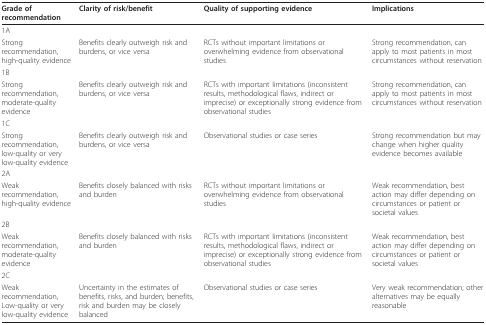
| Grade of recommendation | Clarity of risk/benefit | Quality of supporting evidence | Implications |
 | --- | --- | --- | --- |
 | 1A |  |  |  |
 | Strong recommendation, high-quality evidence | Benefits clearly outweigh risk and burdens, or vice versa | RCTs without important limitations or overwhelming evidence from observational studies | Strong recommendation, can apply to most patients in most circumstances without reservation |
 | 1B |  |  |  |
 | Strong recommendation, moderate-quality evidence | Benefits clearly outweigh risk and burdens, or vice versa | RCTs with important limitations (inconsistent results, methodological flaws, indirect or imprecise) or exceptionally strong evidence from observational studies | Strong recommendation, can apply to most patients in most circumstances without reservation |
 | 1C |  |  |  |
 | Strong recommendation, low-quality or very low-quality evidence | Benefits clearly outweigh risk and burdens, or vice versa | Observational studies or case series | Strong recommendation but may change when higher quality evidence becomes available |
 | 2A |  |  |  |
 | Weak recommendation, high-quality evidence | Benefits closely balanced with risks and burden | RCTs without important limitations or overwhelming evidence from observational studies | Weak recommendation, best action may differ depending on circumstances or patient or societal values |
 | 2B |  |  |  |
 | Weak recommendation, moderate-quality evidence | Benefits closely balanced with risks and burden | RCTs with important limitations (inconsistent results, methodological flaws, indirect or imprecise) or exceptionally strong evidence from observational studies | Weak recommendation, best action may differ depending on circumstances or patient or societal values |
 | 2C |  |  |  |
 | Weak recommendation, Low-quality or very low-quality evidence | Uncertainty in the estimates of benefits, risks, and burden; benefits, risk and burden may be closely balanced | Observational studies or case series | Very weak recommendation; other alternatives may be equally reasonable |